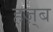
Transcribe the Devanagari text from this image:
हज़्ब